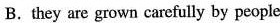
B.they are grown carefully by people